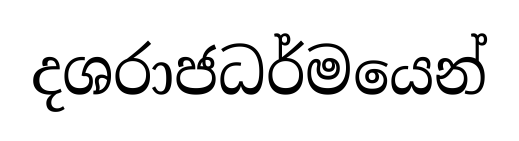
දශරාජධර්මයෙන්